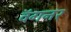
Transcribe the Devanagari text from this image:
वॅगनर